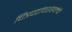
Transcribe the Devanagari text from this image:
चित्रपटांचशंखलेची